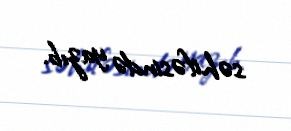
səhifəsində yazıb.